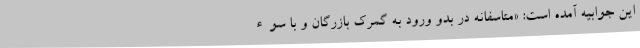
این جوابیه آمده است: «متاسفانه در بدو ورود به گمرک بازرگان و با سوء